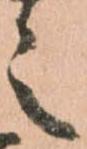
之